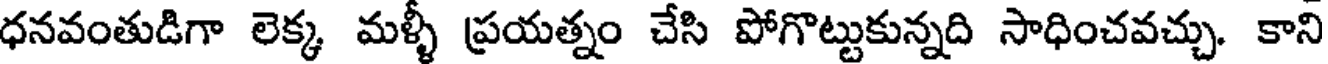
ధనవంతుడిగా లెక్క మళ్ళీ ప్రయత్నం చేసి పోగొట్టుకున్నది సాధించవచ్చు. కాని